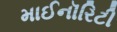
માઈનૉરિટી